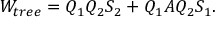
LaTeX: W _ { t r e e } = Q _ { 1 } Q _ { 2 } S _ { 2 } + Q _ { 1 } A Q _ { 2 } S _ { 1 } .